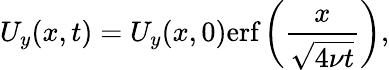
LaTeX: U_{y}(x,t)=U_{y}(x,0)\textrm{erf}\left(\frac{x}{\sqrt{4\nu t}}\right),